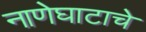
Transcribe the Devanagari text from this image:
नाणेघाटाचे